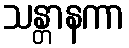
သန္တာနကာ